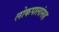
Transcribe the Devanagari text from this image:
लोकपालांसह